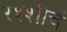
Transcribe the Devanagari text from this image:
रश्शीचं